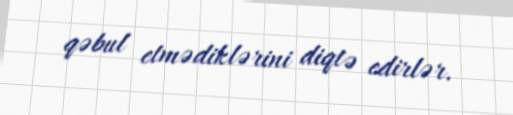
qəbul etmədiklərini diqtə edirlər.